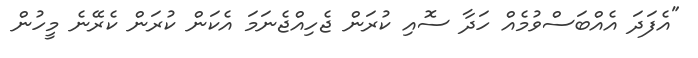
"އެފަދަ އެއްބަސްވުމެއް ހަދާ ސޮއި ކުރަން ޖެހިއްޖެނަމަ އެކަން ކުރަން ކެރޭނެ މީހުން